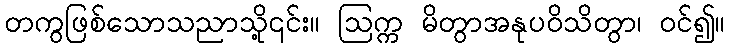
တကွဖြစ်သောသညာသို့၎င်း။ ဩက္က မိတွာအနုပဝိသိတွာ၊ ဝင်၍။